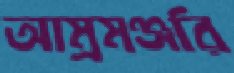
আম্রমঞ্জরি